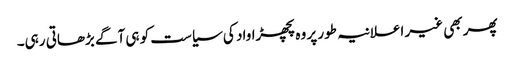
پھر بھی غیر اعلانیہ طور پر وہ پچھڑاواد کی سیاست کو ہی آگے بڑھاتی رہی۔